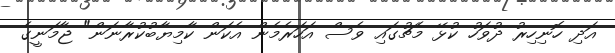
އަދި ހޮނިހިރު ދުވަހު ކުޅޭ މެޗުގައި ވެސް އަހަރެމެން އެކަން ކާމިޔާބުކުރާނަން" ޖާމަނީގެ